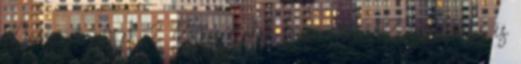
Marcsi receptek 2 Böjtös ételek húsmente 42 csibehúsos és